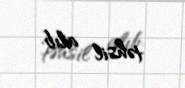
təhsil alıb.